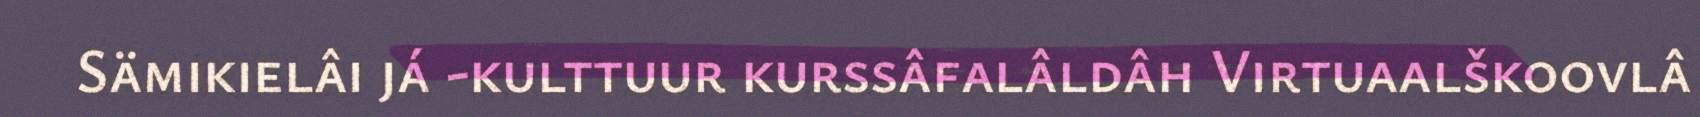
Sämikielâi já -kulttuur kurssâfalâldâh Virtuaalškoovlâ